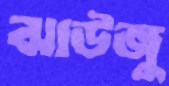
ঝাউজু